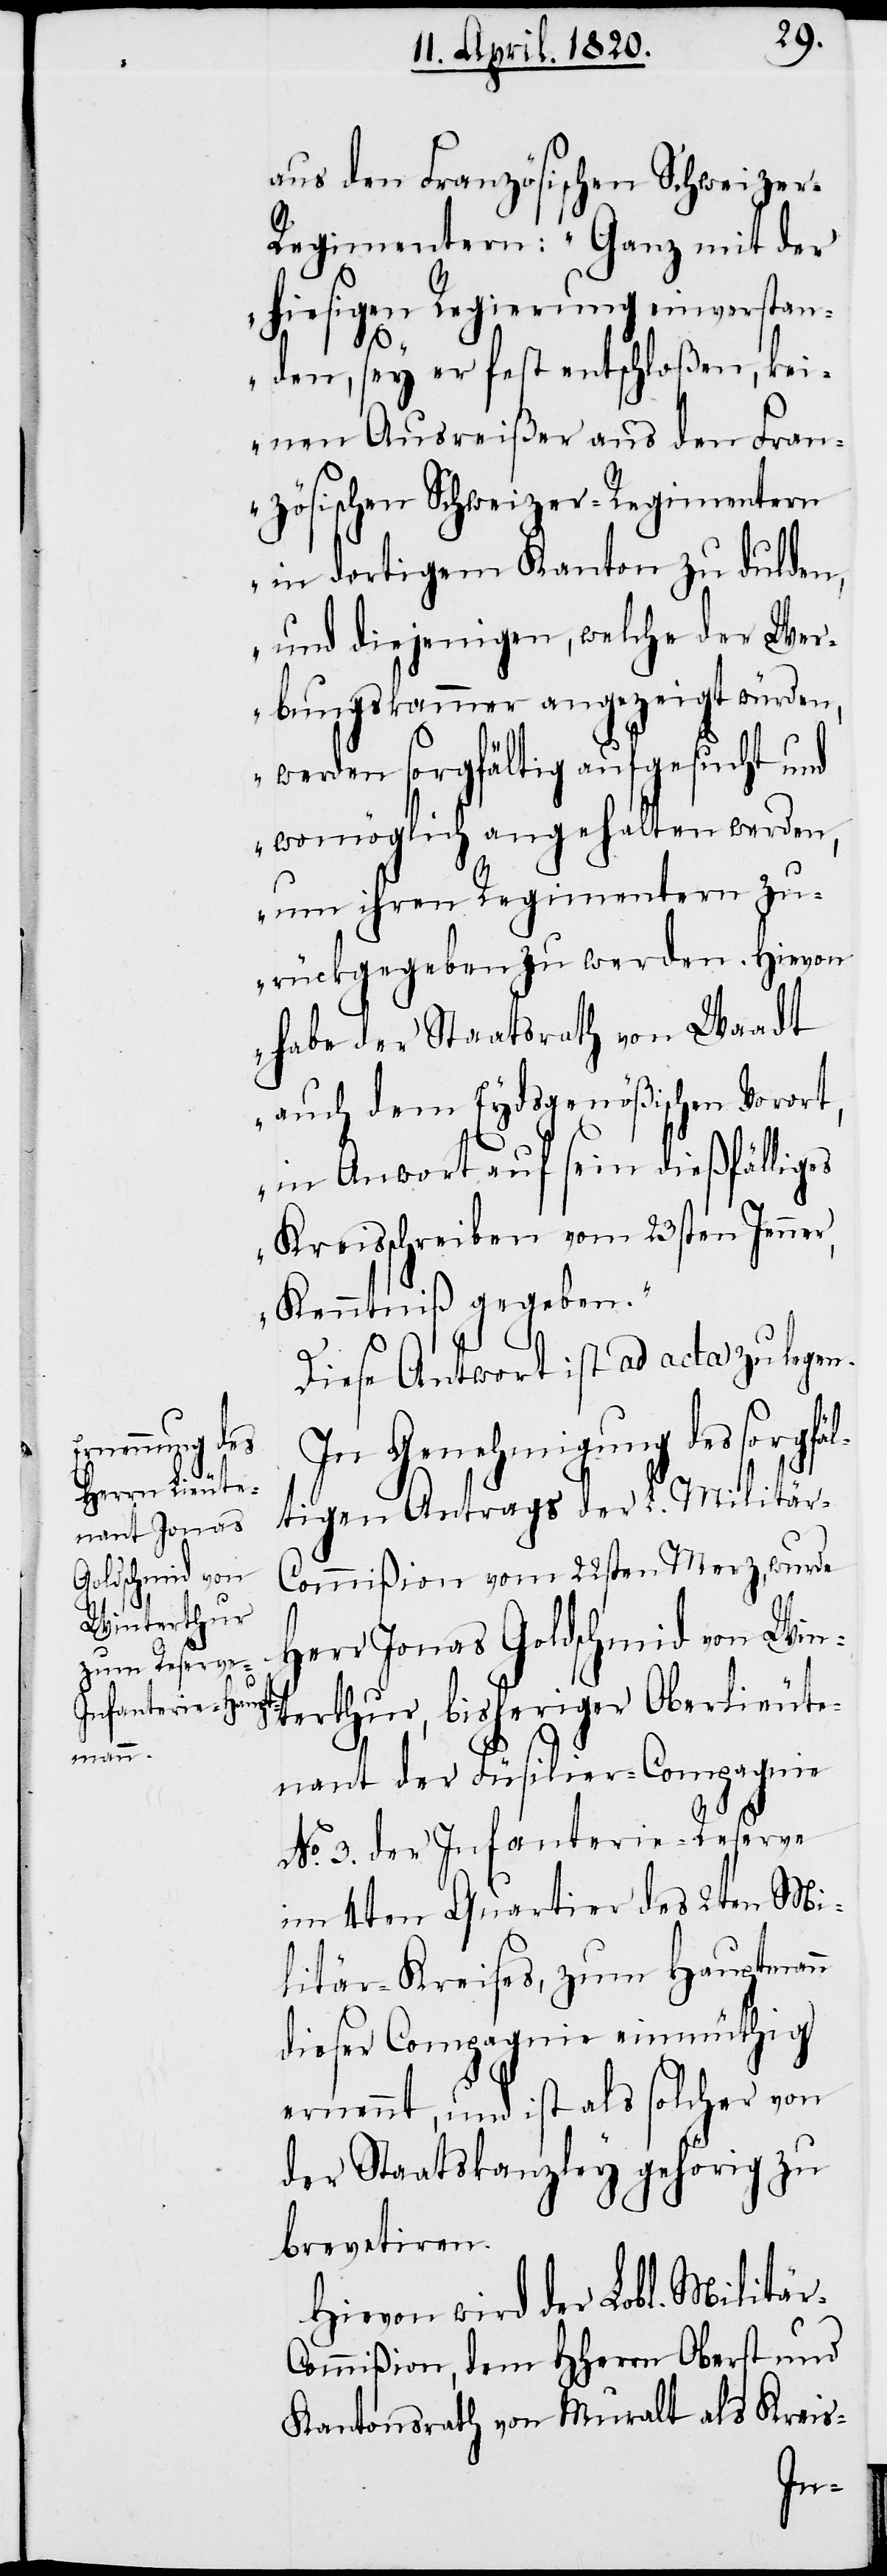
aus den Französischen Schweize¬
r-Regimentern. „Ganz mit der
hiesigen Regierung einverstan¬
den, sey er fast entschloßen, kei¬
nen Ausreißer aus den Fran¬
zösischen Schweizer-Regimentern
in dortigem Kanton zu dulden,
und diejenigen, welche der Wer¬
bungskammer angezeigt würden,
werden sorgfältig aufgesucht und
womöglich angehalten werden,
um ihren Regimentern zu¬
rückgegeben zu werden. Hiervon
habe der Staatsrath von Waadt
auch dem Eydsgenößischen Vorort,
Kreisschreiben vom 23sten Jenner,
Kenntniß gegeben.“
Diese Antwort ist ad acta zu legen.
In Genehmigung des sorgfä¬
ltigen Antrags der L. Militär-C¬
ommißion vom 22sten Merz, wurde
Herr Jonas Goldschmid von Win¬
terthur, bisheriger Oberlieute¬
nant der Füsilier-Compagnie
No. 3. der Infanterie-Reserve
im 4ten Quartier des 2ten Mi¬
litär-Kreises, zum Hauptmann
dieser Compagnie einmüthig
ernennt, und ist als solcher von
der Staatskanzley gehörig zu
brevetiren.
Hiervon wird der Lobl. Militä¬
r-Comißion, dem HHerrn Oberst und
Kantonsrath von Muralt als Kreis-